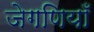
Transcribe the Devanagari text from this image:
जेगणियाँ